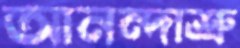
আনন্দাশ্রু